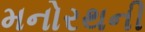
મનોરથની